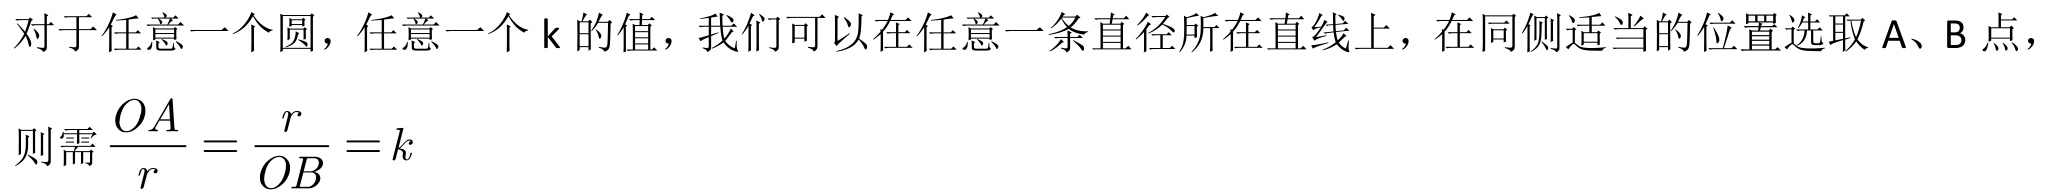
对于任意一个圆，任意一个\(k\)的值，我们可以在任意一条直径所在直线上，在同侧适当的位置选取\(A\)、\(B\)点，则需\(\frac{OA}{r}=\frac{r}{OB}=k\)